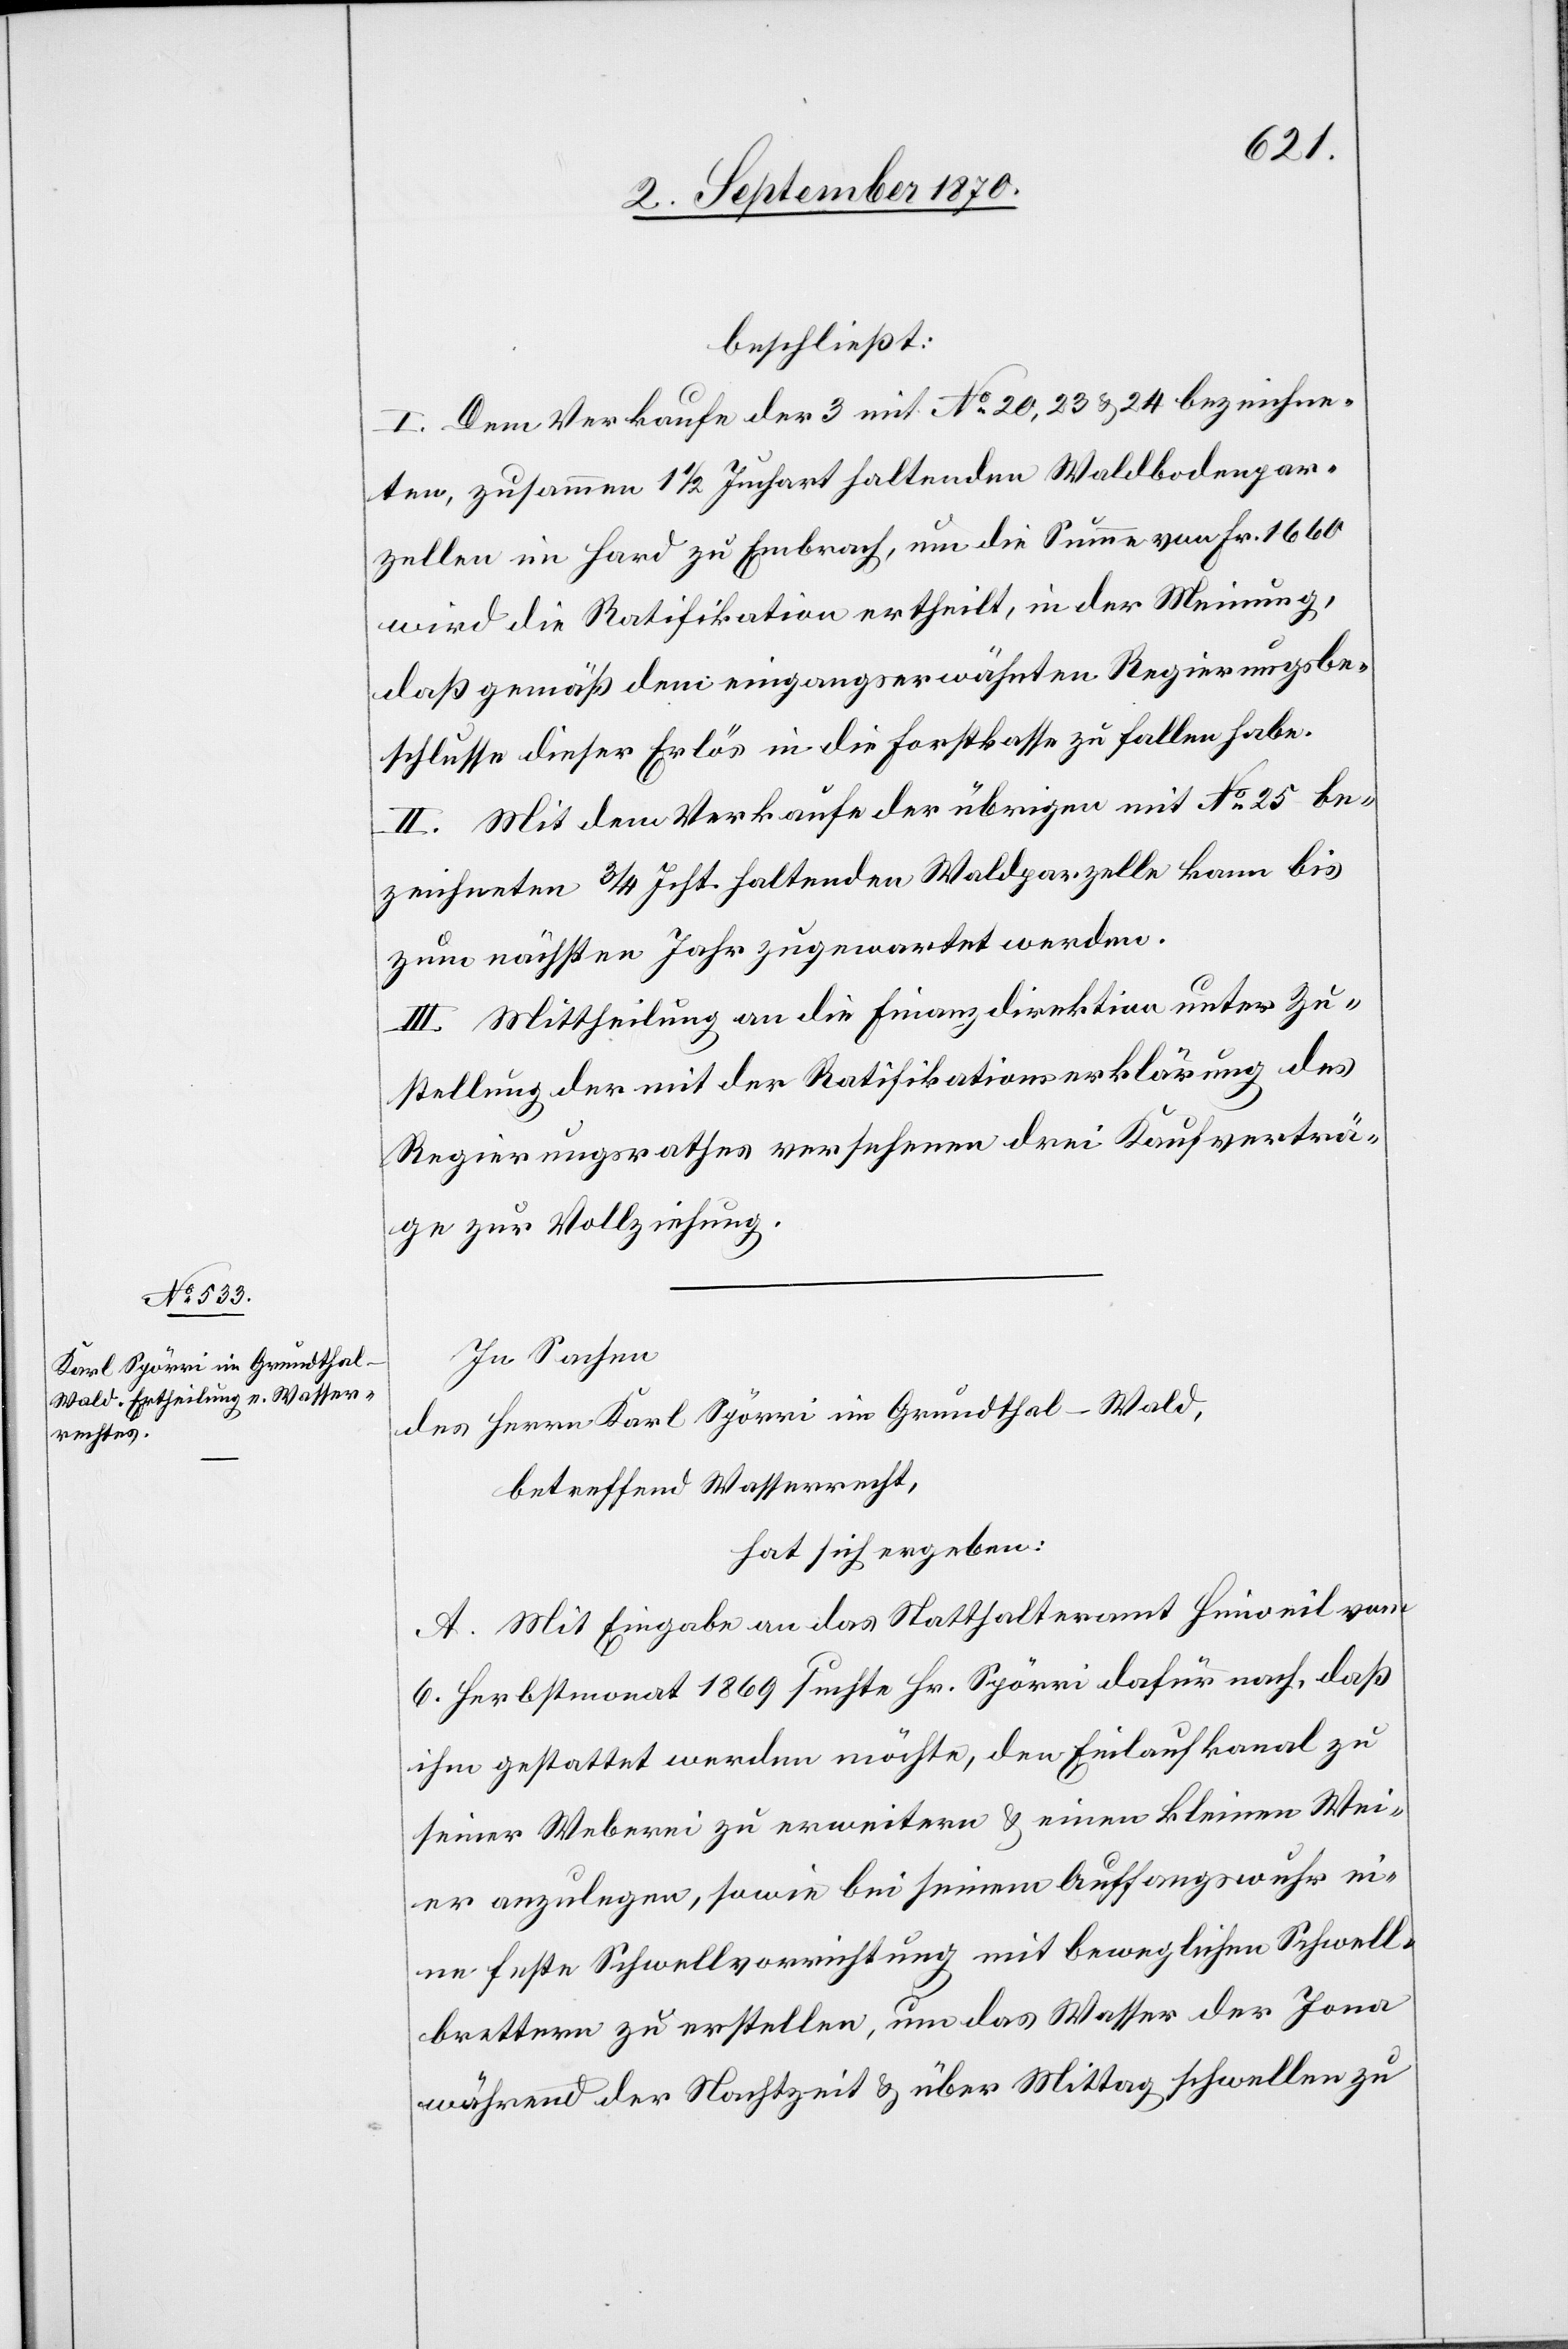
beschließt:
I. Dem Verkaufe der 3 mit No 20, 23 & 24 bezeichne¬
ten, zusammen 1 1/2 Juchart haltenden Waldbodenpar¬
zellen im Hard zu Embrach, um die Summe von Fr. 1660
wird die Ratifikation ertheilt, in der Meinung,
daß gemäß dem eingangserwähnten Regierungsbe¬
schlusse dieser Erlös in die Forstkasse zu fallen habe.
II. Mit dem Verkaufe der übrigen mit No 25 be¬
zeichneten 3/4 Jcht. haltenden Waldparzelle kann bis
zum nächsten Jahr zugewartet werden.
III. Mittheilung an die Finanzdirektion unter Zu¬
stellung der mit der Ratifikationserklärung des
Regierungsrath versehenen drei Kaufverträ¬
ge zur Vollziehung.
In Sachen
des Herrn Karl Spörri im Grundthal - Wald,
betreffend Wasserrecht,
hat sich ergeben:
A. Mit Eingabe an das Statthalteramt Hinweil vom
6. Herbstmonat 1869 suchte Hr. Spörri dafür nach, daß
ihm gestattet werden möchte, den Einlaufkanal zu
seiner Weberei zu erweitern & einen kleinen Wei¬
er anzulegen, sowie bei seinem Auffangswuhr ei¬
ne feste Schwellvorrichtung mit beweglichen Schwell¬
brettern zu erstellen, um das Wasser der Jona
während der Nachtzeit & über Mittag schwellen zu